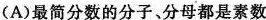
(A)最简分数的分子、分母都是素数